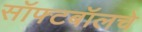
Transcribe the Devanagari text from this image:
सॉफ्टबॉलचे